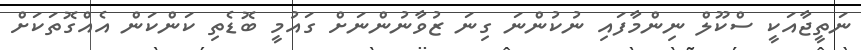
ނަތީޖާއަކީ ސްކޫލް ނިންމާފައި ނުކުންނަ ގިނަ ޒުވާނުންނަށް ގައުމީ ބޮޑެތި ކަންކަން އެއްގޮތަކަށް